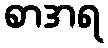
စာအရ